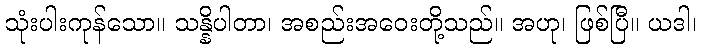
သုံးပါးကုန်သော။ သန္နိပါတာ၊ အစည်းအဝေးတို့သည်။ အဟု၊ ဖြစ်ပြီ။ ယဒါ၊